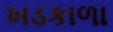
ખડકાળા